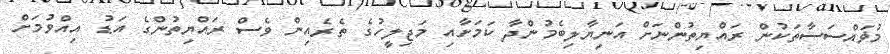
މުޥައްސަސާތަކުން ރައްޔިތުންނަށް އަނިޔާލިބެމުންދާ ކަމަށާއި މަޖިލީހުގެ ތެރެއިން ވެސް ރައްޔިތުންގެ އަޑު އިއްވުމަށް